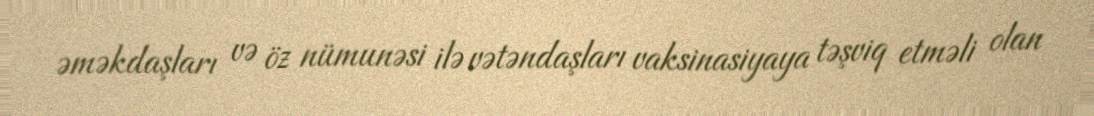
əməkdaşları və öz nümunəsi ilə vətəndaşları vaksinasiyaya təşviq etməli olan